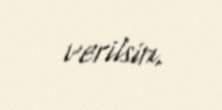
verilsin.